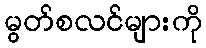
မွတ်စလင်များကို